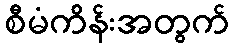
စီမံကိန်းအတွက်